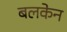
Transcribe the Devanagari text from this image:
बलकेन